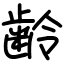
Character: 齢